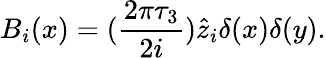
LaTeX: B_{i}(x)=(\frac{2\pi\tau_{3}}{2i})\hat{z}_{i}\delta(x)\delta(y).